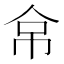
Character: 𰁻